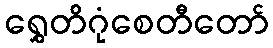
ရွှေတိဂုံစေတီတော်